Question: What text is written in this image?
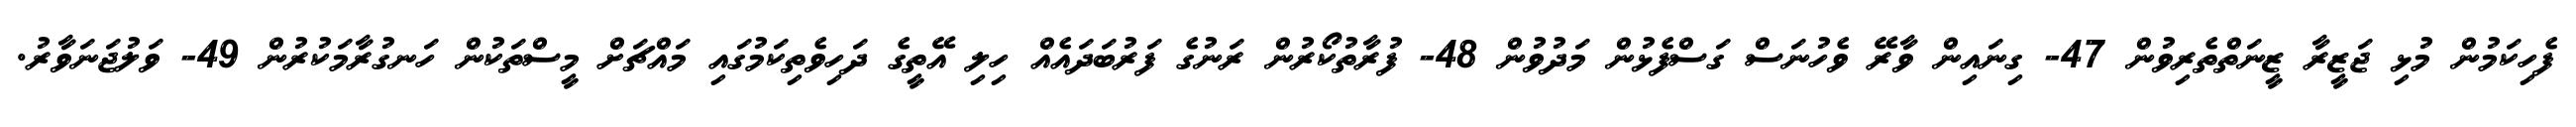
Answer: ފެހިކަމުން މުޅި ޖަޒީރާ ޒީނަތްތެރިވުން 47- ގިނައިން ވާރޭ ވެހުނަސް ގަސްފެޅުން މަދުވުން 48- ފުރާތުކޯރުން ރަނުގެ ފަރުބަދައެއް ހިލި އޭތީގެ ދަހިވެތިކަމުގައި މައްޗަށް މީސްތަކުން ހަނގުރާމަކުރުން 49- ވަލުޖަނަވާރު.